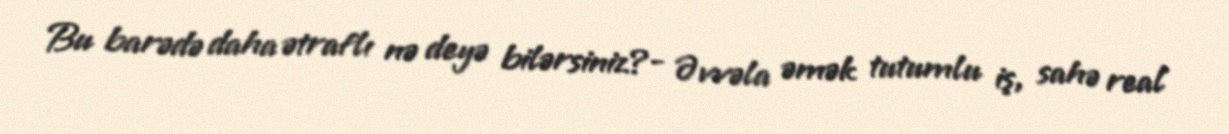
Bu barədə daha ətraflı nə deyə bilərsiniz?- Əvvəla əmək tutumlu iş, sahə real